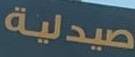
صيدلية